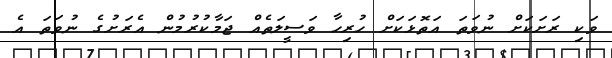
ވަކި ރަށަކަށް ނުވަތަ އަތޮޅަކަށް ހުރިހާ ވަސީލަތެއް ޖަމާކުރުމުން އެރަށުގެ ނުވަތަ އެ